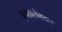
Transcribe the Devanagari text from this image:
इनफ़्लेक्शन